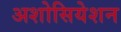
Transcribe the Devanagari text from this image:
अशोसियेशन